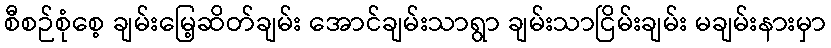
စီစဉ်စုံစေ့ ချမ်းမြေ့ဆိတ်ချမ်း အောင်ချမ်းသာရွာ ချမ်းသာငြိမ်းချမ်း မချမ်းနားမှာ